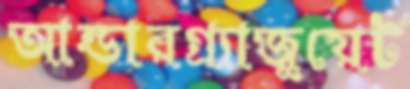
আন্ডারগ্র্যাজুয়েট